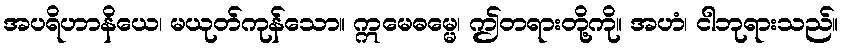
အပရိဟာနိယေ၊ မယုတ်ကုန်သော။ ဣမေဓမ္မေ၊ ဤတရားတို့ကို။ အဟံ၊ ငါဘုရားသည်။